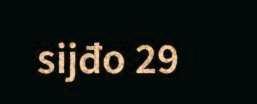
sijđo 29